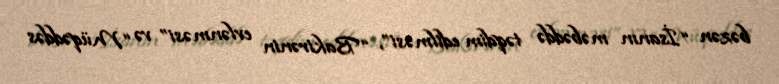
bəzən “İsanın məbəddə təqdim edilməsi”, “Bakirənin evlənməsi” və “Müqəddəs